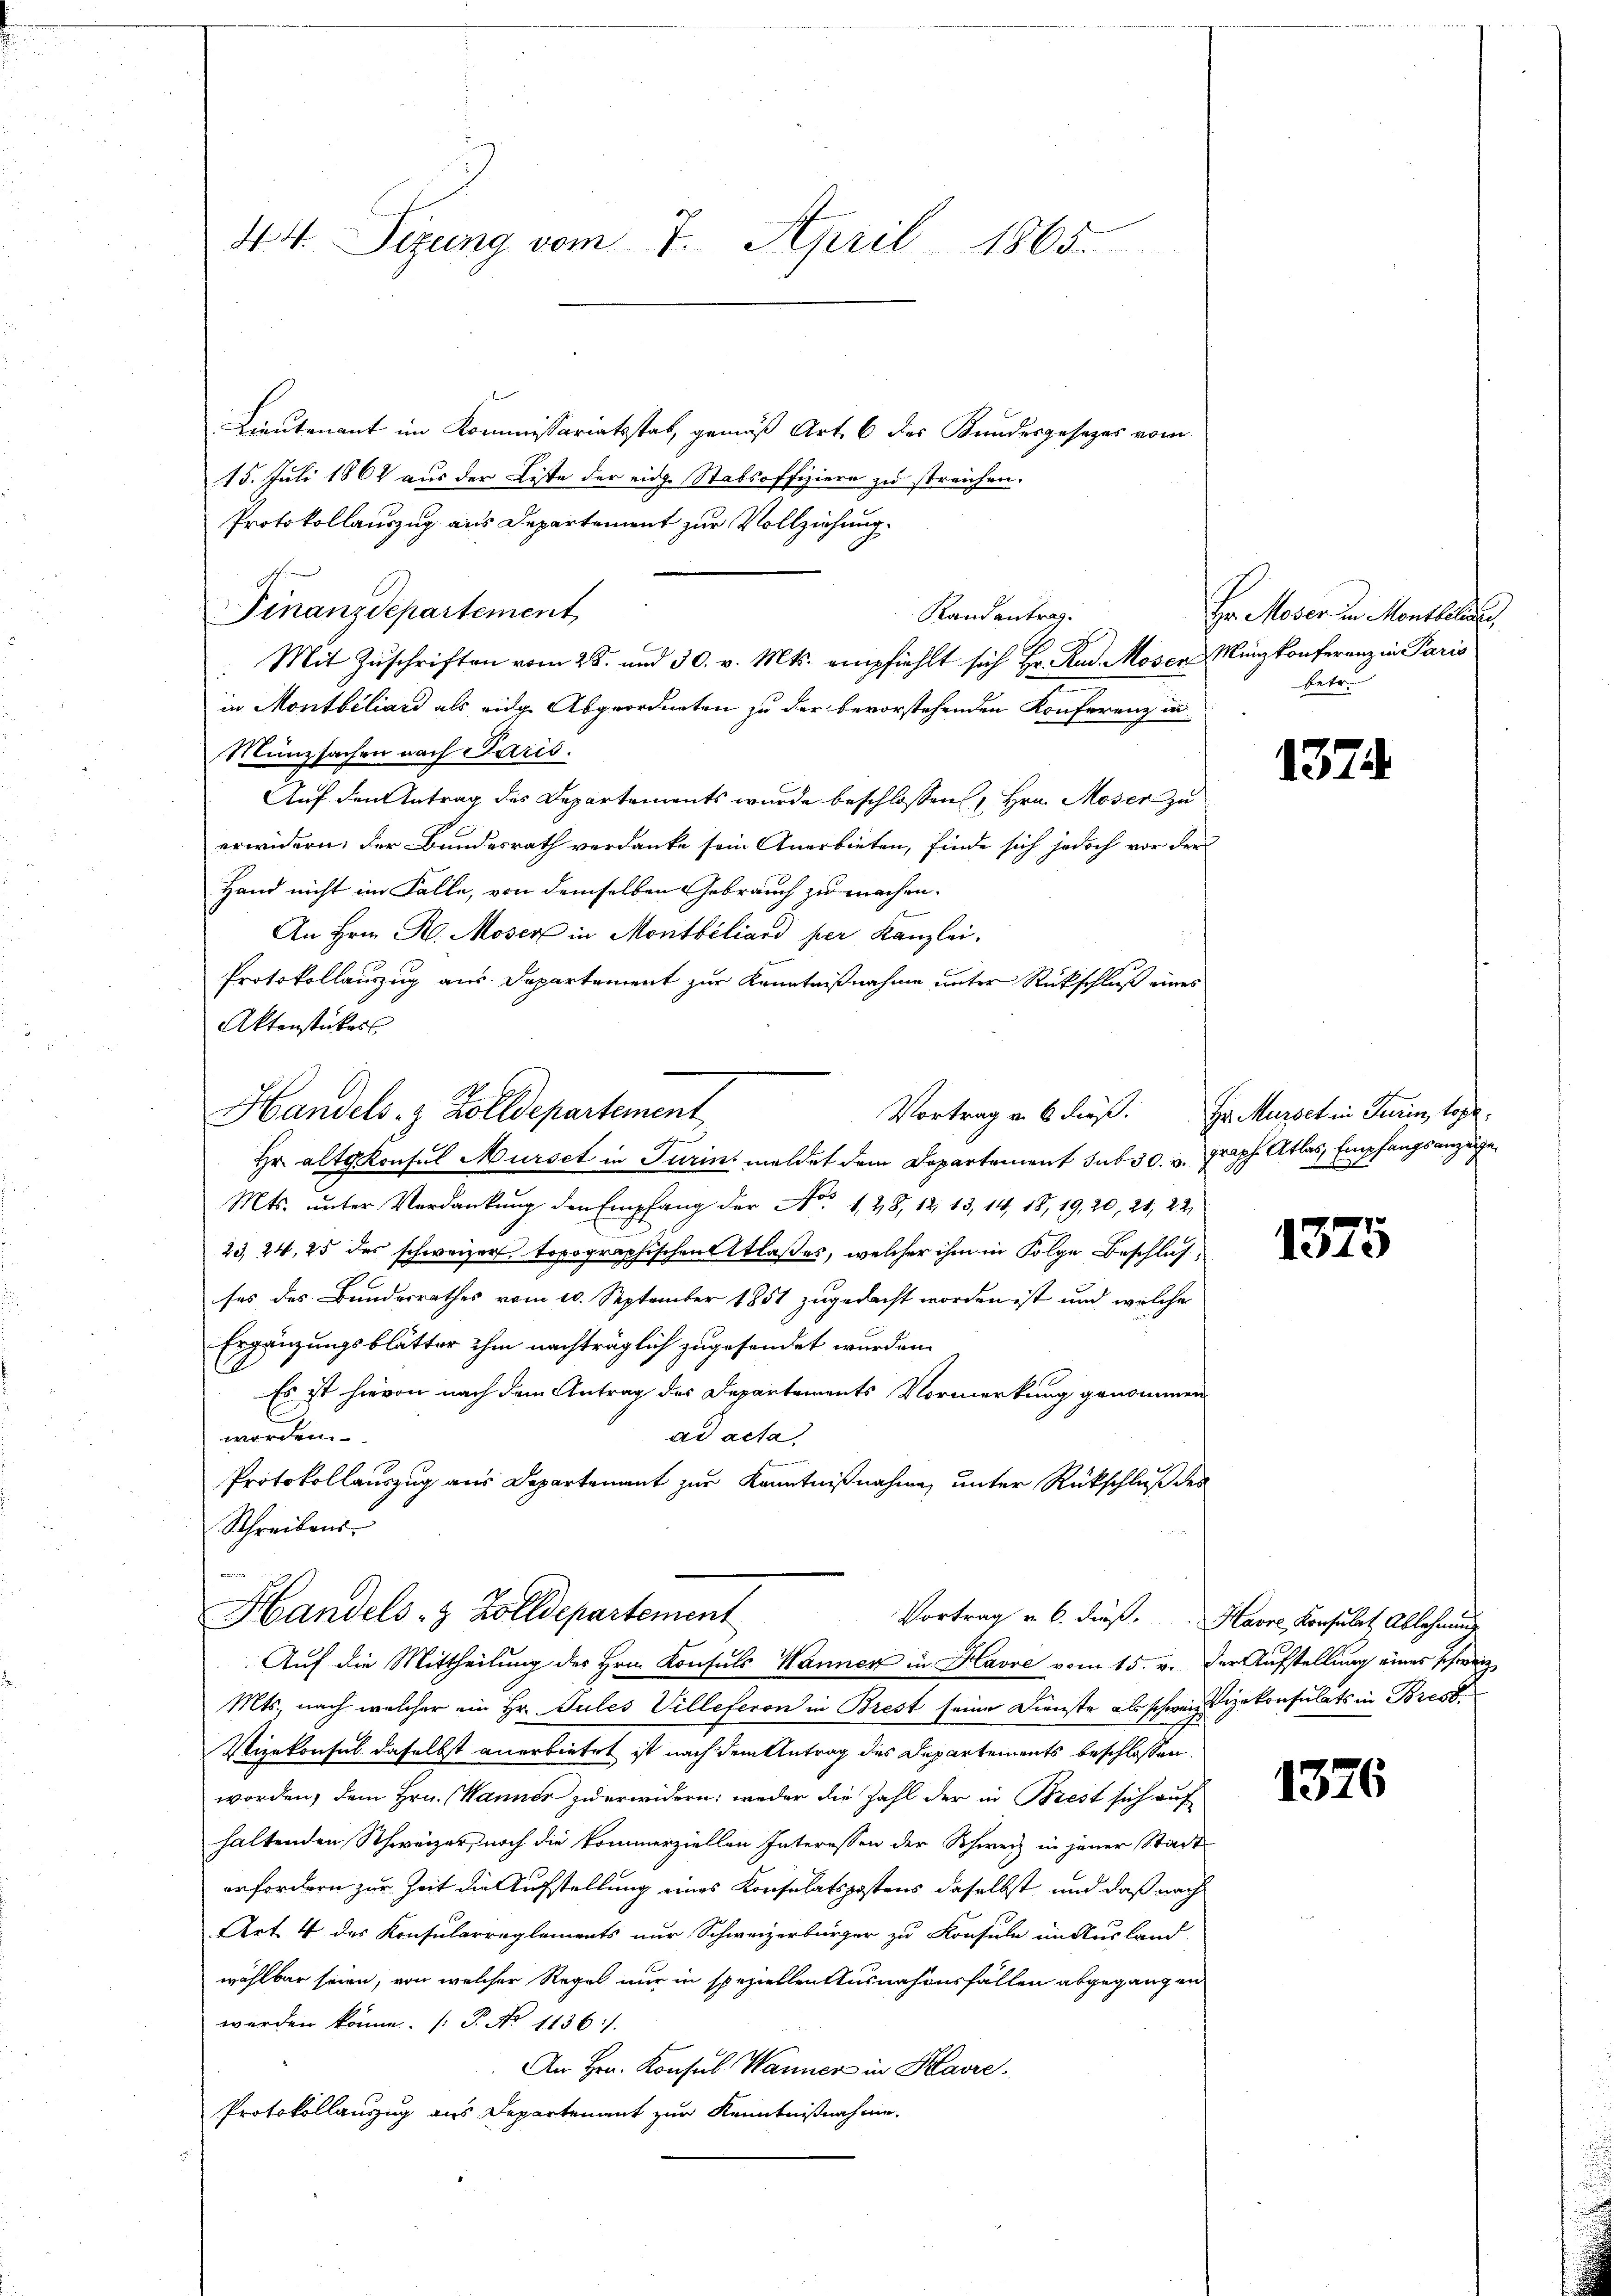
44 Sizung vom 7. April 1865.

Protokollauszug aus Departement zur Vollziehung.
Finanzdepartement
in Montbiliard als eidge Abgeordneten zu der bevorstehenden Konferenz in
Münzsachen nach Paris.
Auf den Antrag des Departements wurde beschlossen Hrn. Moser zu
erwidern; der Bundesrath verdanke sein Anerbieten, finde sich jedoch vor der
Hand nicht im Falle, von demselben Gebrauch zu machen.
An Hrn. R. Moser in Montbiliard per Kanzlei.
Protokollauszug aus Departement zur Kenntnißnahme unter Rückschluß eines
Aktenstückes
Hr. Altgkonsul Mürsch in Turini meldet dem Departement sub 30. v. Proph Atlas, Empfangs anzuge¬
Mts. unter Verdankung den Empfang der No. 1. 28, 12. 13, 14, 18, 19, 20, 21, 22.
23 24, 25 des schweizer topographischentlaßes, welcher ihm in Folge beschluß¬
I
ses des Bundesrathes vom 10. September 1851 zugedacht worden ist und welche
Ergänzungsblätter ihm nachträglich zugesendet wurden.
Es ist hievon nach dem Antrag des Departements Vormerkung genommen
ad acta,
worden.
Protokollauszug aus Departement zur Kenntnißnahme, unter Rückschluß des
Schreibens
Handels- & Zolldepartement
Vortrag u. 6. dieβ.  Havre Konsulat Ablehnung
Auf die Mittheilung des Hrn. Konsuls Wanner in Havre vom 15. v. der Aufstellung eines schweiz
Mts., nach welcher ein Hr. Pules Villeferen in Brest seine Dienste als schweiz gekonsulats in Bresl
Vizekonsul daselbst anerbietet ist nach dem Antrag des Departements beschlossen
worden, dem Hrn. (Wanner zu erwidern; weder die Zahl der in Brest sich auf
haltenden Schweizer, noch die kommerziellen Interessen der Schweiz in jener Stadt
erfordern zur Zeit die Aufstellung eines Konsulatspostens daselbst und daß nach
Art. 4 des Konsularreglements nur Schweizerbürger zu Konsuln in Ausland-
wählbar seien, von welcher Regel nur in speziellen Ausnahmesfällen abgegangen
werden könne. (T. No 1136/
An Hrn. Konsul Wanner in Kaire.
Protokollauszug aus Departement zur Kenntnißnahme.

Handels- & Zolldepartement

Lieutenant im Kommissariatsstat, gemäß Art. 6 des Kundesgesezes vom
15. Juli 1862 aus der Liste der eide Stabsoffiziere zu streichen.
Randantrag.
a
Mit Zŭschriften vom 28. und 30. v. Mts. empfiehlt sich Hr. Rud. Moser Münzkonferenz in Paris

Vortrag v. 6. dieß. Hr. Mürbet in Turin, tope

Hr. Moser in Montbeleute,
betr.

137.

1375

1376